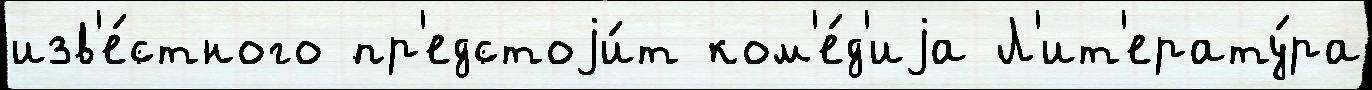
изв'е́стного пр'едстоjи́т ком'е́д'иjа Л'ит'ерату́ра